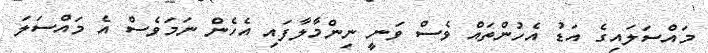
މައްސަލައިގެ އަޑު އެހުންތައް ވެސް ވަނީ ނިންމާލާފައި އެހެން ނަމަވެސް އެ މައްސަލަ